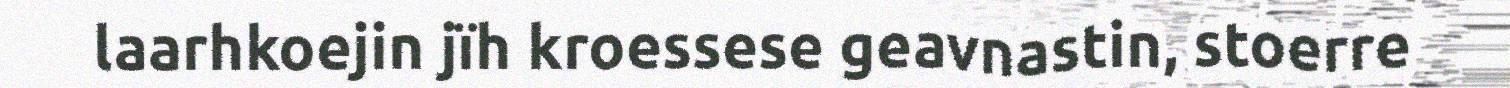
laarhkoejin jïh kroessese geavnastin, stoerre